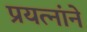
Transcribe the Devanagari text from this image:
प्रयत्नांने